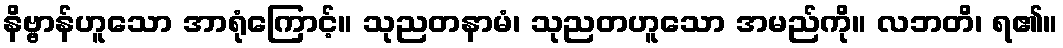
နိဗ္ဗာန်ဟူသော အာရုံကြောင့်။ သုညတနာမံ၊ သုညတဟူသော အမည်ကို။ လဘတိ၊ ရ၏။